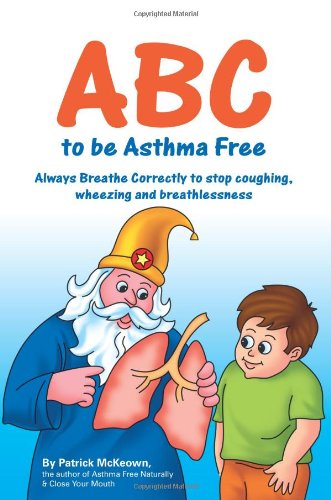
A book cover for ABC to be Asthma Free. Buteyko Clinic self help book for children; Patrick McKeown; Health, Fitness & Dieting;